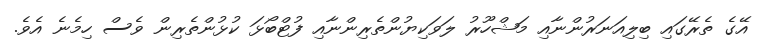
އޭގެ ތެރޭގައި ބިލިއަނަރުންނާއި މަޝްހޫރު ލަވަކިޔުންތެރިންނާއި ފުޓްބޯޅަ ކުޅުންތެރިން ވެސް ހިމެނެ އެވެ.